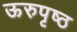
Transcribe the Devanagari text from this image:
ऊरुपृष्ठ